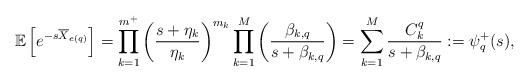
LaTeX: \begin{align*}\mathbb E\left[e^{-s \overline{X}_{e(q)}}\right]&=\prod_{k=1}^{m^+}\left(\frac{s+\eta_k}{\eta_k}\right)^{m_k}\prod_{k=1}^{M}\left(\frac{\beta_{k,q}}{s+\beta_{k,q}}\right)=\sum_{k=1}^{M}\frac{C^q_k}{s+\beta_{k,q}}:=\psi_q^+(s),\end{align*}